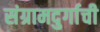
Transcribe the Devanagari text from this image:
संग्रामदुर्गाची